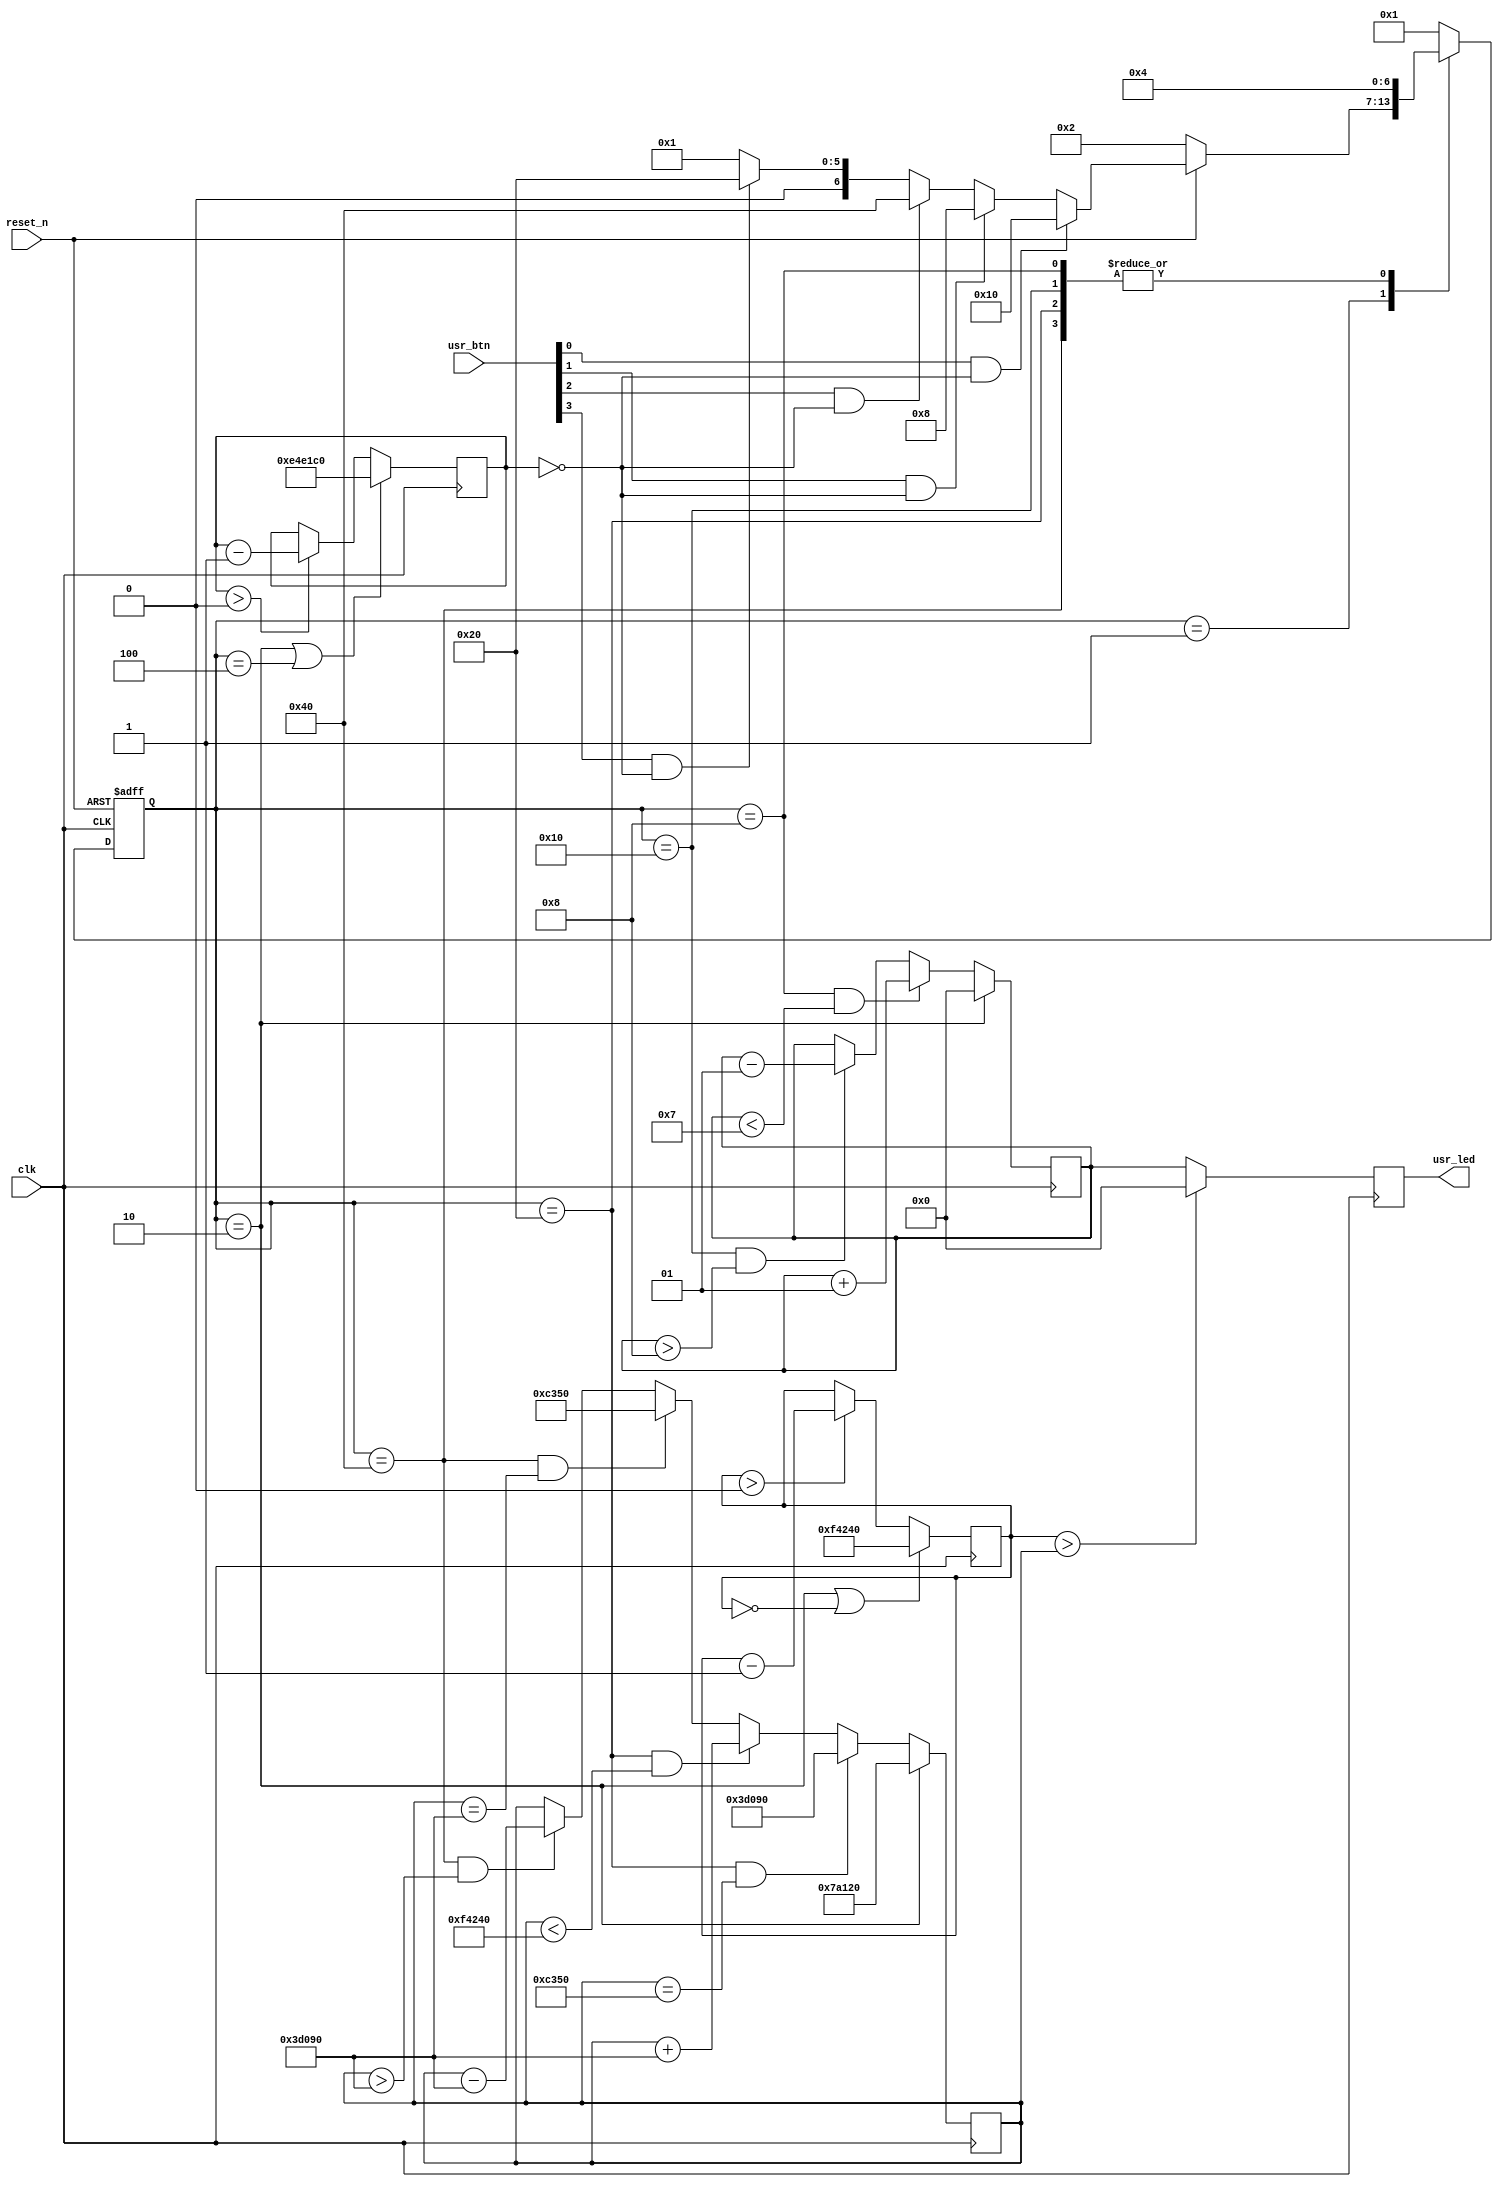
`timescale 1ns / 1ps

module lab3(input clk,
            input reset_n,
            input [3:0] usr_btn,
            output [3:0] usr_led);
    
    
    reg signed [3:0] number, reg_usr_led;
    
    reg[31:0] bouncing_counter, freq_counter, freq_threshold;
    
    reg[6:0] CURRENT_STATE, NEXT_STATE;
    
    localparam S_IDLE         = 7'd1 ;
    localparam S_RST          = 7'd2 ;
    localparam S_RESET_BOUNCE = 7'd4 ;
    localparam S_NUM_UP       = 7'd8 ;
    localparam S_NUM_DOWN     = 7'd16 ;
    localparam S_FREQ_UP      = 7'd32 ;
    localparam S_FREQ_DOWN    = 7'd64 ;
    
    localparam BOUNCING_WINDOW = 15_000_000 ;//0.15 second window
    localparam PWM_100         = 1_000_000;//100hertz pwm pulse
    localparam PWM_50          = 500_000;
    localparam PWM_25          = 250_000;
    localparam PWM_5           = 50_000;
    
    //FSM
    always @(posedge clk, negedge reset_n) begin
        if (!reset_n)CURRENT_STATE <= S_RST;
        else CURRENT_STATE         <= NEXT_STATE;
    end
    
    wire bouncing_counter_ends;
    assign bouncing_counter_ends = (bouncing_counter == 0);
    
    always @(*) begin
        
        case(CURRENT_STATE)
            S_IDLE:begin
                if (!reset_n)NEXT_STATE                                 = S_RST;
                else if (usr_btn[0] && bouncing_counter_ends)NEXT_STATE = S_NUM_DOWN;
                else if (usr_btn[1] && bouncing_counter_ends)NEXT_STATE = S_NUM_UP;
                else if (usr_btn[2] && bouncing_counter_ends)NEXT_STATE = S_FREQ_DOWN;
                else if (usr_btn[3] && bouncing_counter_ends)NEXT_STATE = S_FREQ_UP;
                else NEXT_STATE                                         = S_IDLE ;
            end
            S_RST:NEXT_STATE           = S_IDLE;
            S_RESET_BOUNCE: NEXT_STATE = S_IDLE;
            S_NUM_UP: NEXT_STATE       = S_RESET_BOUNCE;
            S_NUM_DOWN: NEXT_STATE     = S_RESET_BOUNCE;
            S_FREQ_UP: NEXT_STATE      = S_RESET_BOUNCE;
            S_FREQ_DOWN: NEXT_STATE    = S_RESET_BOUNCE;
            default: NEXT_STATE        = S_IDLE;
        endcase
    end
    
    always @(posedge clk) begin
        if (CURRENT_STATE == S_RST)number      <= 0;
        else if (CURRENT_STATE == S_NUM_UP && number <7) number <= number+1;
        else if (CURRENT_STATE == S_NUM_DOWN && number >-8) number <= number -1;
        
    end
    
    always @(posedge clk) begin
        if (CURRENT_STATE == S_RST || CURRENT_STATE == S_RESET_BOUNCE) bouncing_counter <= BOUNCING_WINDOW;
        else if (bouncing_counter >0) bouncing_counter <= bouncing_counter-1;
        
    end
    
    always @(posedge clk) begin
        if (CURRENT_STATE == S_RST || freq_counter == 0) freq_counter <= 1_000_000;
        else if (freq_counter>0) freq_counter <= freq_counter-1;
        
    end
    
    always @(posedge clk) begin
        if (CURRENT_STATE == S_RST) freq_threshold <= PWM_50;
        else if (CURRENT_STATE == S_FREQ_UP && freq_threshold == PWM_5) freq_threshold <= PWM_25;
        else if (CURRENT_STATE == S_FREQ_UP && freq_threshold <PWM_100) freq_threshold <= freq_threshold+PWM_25;
        else if (CURRENT_STATE == S_FREQ_DOWN && freq_threshold == PWM_25) freq_threshold <= PWM_5;
        else if (CURRENT_STATE == S_FREQ_DOWN && freq_threshold > PWM_25) freq_threshold <= freq_threshold-PWM_25;
        
    end
    //output logic

    always @(posedge clk) begin
        if(freq_counter>freq_threshold)reg_usr_led<=0;
        else reg_usr_led<=number;
        
    end
    
    assign usr_led = reg_usr_led;
endmodule